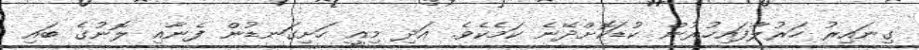
ގިނައިރު ހަރުލާފައިހުރުން ކުޑަކޮށްދޭނެ ކަމެކެވެ. އަދި މިއީ ހަށިގަނޑުން ފެނާއި ލޮނުގެ ބައި